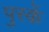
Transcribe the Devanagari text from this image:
पुस्कें